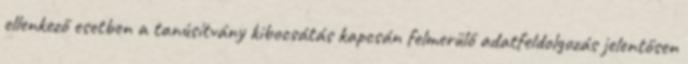
ellenkező esetben a tanúsítvány kibocsátás kapcsán felmerülő adatfeldolgozás jelentősen